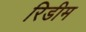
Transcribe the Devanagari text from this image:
रिडीम